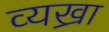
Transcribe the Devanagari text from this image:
व्यख्रा